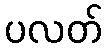
ပလတ်